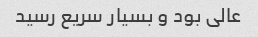
عالی بود و بسیار سریع رسید